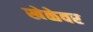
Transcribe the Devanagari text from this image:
खेळेवर